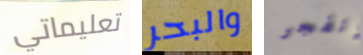
تعليماتي والبحر إنفجر